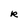
Character: R